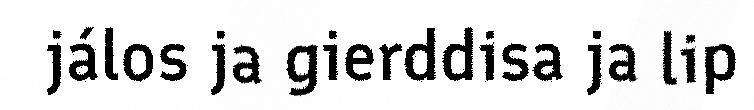
jálos ja gierddisa ja lip